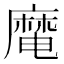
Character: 𪎜